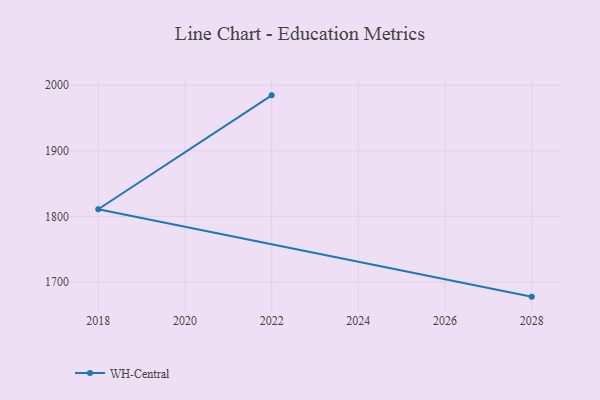
{"axis": {"x": "Year", "y": "Waste Production (Tons)"}, "legend": ["WH-Central"], "data": [{"x": "2028", "y": 1677.6, "type": "WH-Central"}, {"x": "2018", "y": 1810.9, "type": "WH-Central"}, {"x": "2022", "y": 1984.6, "type": "WH-Central"}]}